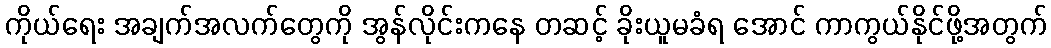
ကိုယ်ရေး အချက်အလက်တွေကို အွန်လိုင်းကနေ တဆင့် ခိုးယူမခံရ အောင် ကာကွယ်နိုင်ဖို့အတွက်